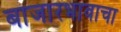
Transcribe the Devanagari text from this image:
बाजारभावाचा